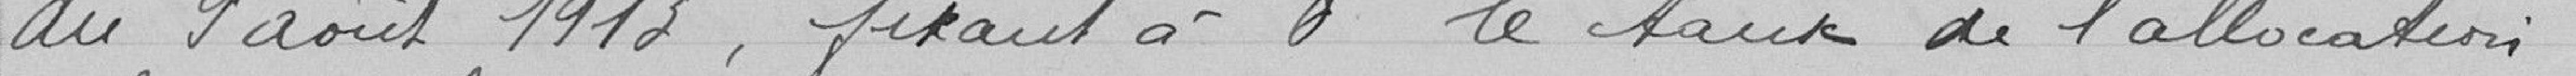
du 9 août 1913, fixant à 0 F le taux de l'allocation